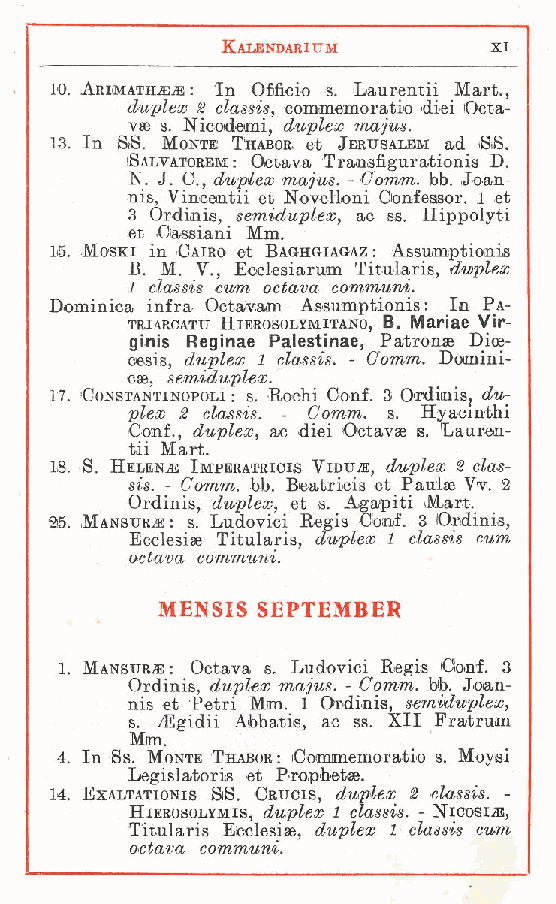
Kalkndarium      XI
 10. Arimath.EìE : In Oficio s. Laurentii Mart.
 duplex 2 classis commemoratio diei Octa,-
 vae s. Nicodomi, duplex niajus.
 13. In SS. Monte Thab,or. et Jerusalbm ad 'SS.
 'Salvatobbm : Octava Trannsigurationis D.
 N J. C, duplex majus. - Gomm. hb. Joan-
 ni.s, Vincentii et Novelloni Confessor. 1 et
 3 Ordinis semiduplex, ac ss. Hippolyti
 et Cassian,i Mm.
 16. Moski in Cairo et Baghgiagaz : Assumptionis
 B M. V., Ecclesiarum Titularis, duplex
 1 .classis cum octava communi.
 Dominica infra Octavam Assumptionis : In Pa-
 triarcati; Hierosolymitano, B. Mariae Vir-
 ginìs Reginae Palestinae, Patron» Dioe-
 oesis, duplex 1 classis. - Gomm. Domini-
 cse, semiduplex.
 17. -Constantinopoli : s. Rochi Coni. 3 Ordimis, du-
 plex 2 cl-assis. - Comm. s. Hyacinthi
 Conf., duplex, ac diei Ootavae s. Lauren-
 tii Mart.
 18. S. Helen ; Impbratricis Vidu ;, duplex 2 clas-
 sis. - Gomm. bb. Beatricis et PaulsB Vv. 2
 Ordinis duplex, et s. Agapiti M,art.
 25. Mansur ;: s., Ludovici Kegis Conf. 3 Ordinis,
 Ecclesiae Titularis, duplex 1 classis cum
 octava communi.
 MENSIS SEPTEMBER
 1 Mansur ;: Octava s. Ludovici Regie Cionf. 3
 .   Ordinis, duplex majus. - Gomm. bb. Joan-
 nis et Petri Mm. 1 Ordinis, semiduplex,
 iEgidii Abbatis, ac ss. XII Fratrum
 s
 M. m.
 4 In Ss. Monte Thabor : Commemoratio s. Moysi
 .
 Legislatoris et Prophet».
 14. Exaltationis iSS. Crucis, duplex 2 classis. -
 Hierosolymis, duplex 1 classis. - Nicosia;,
 Titularis Ecclesia duplex 1 classis cum
 ,
 octava communi.
 f
 f